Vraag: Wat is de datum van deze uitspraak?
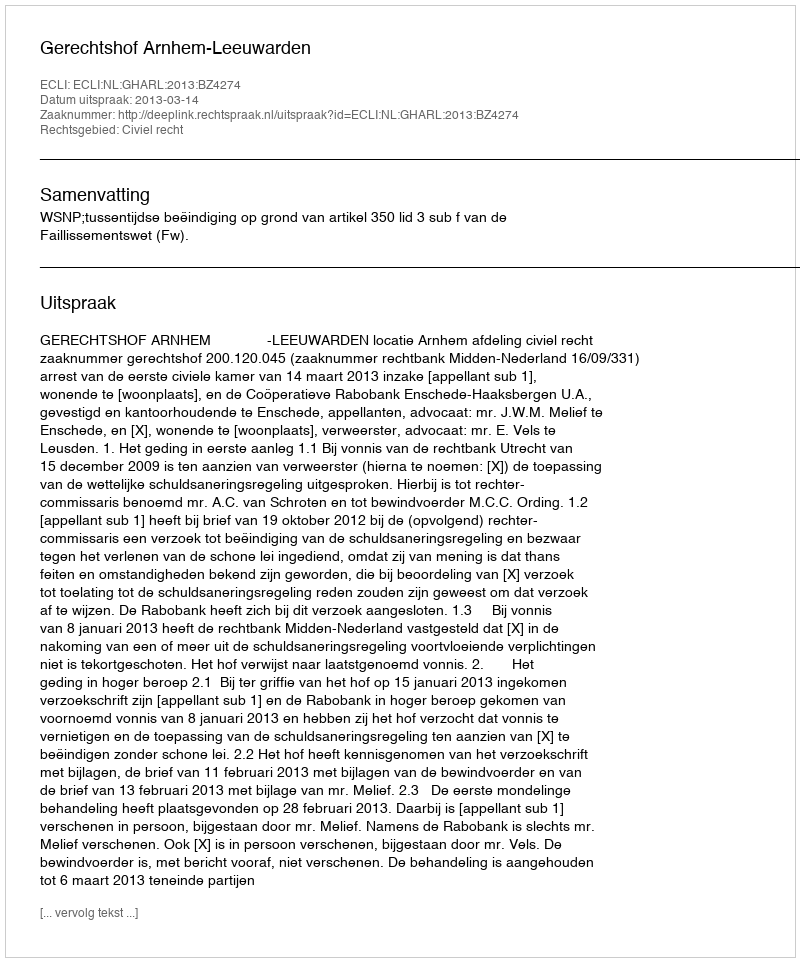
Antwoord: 2013-03-14